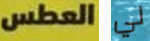
العطس لي